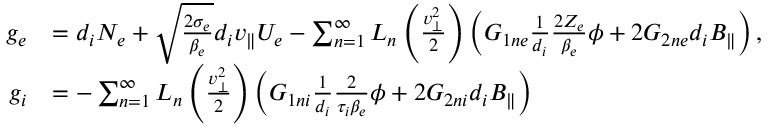
\begin{array} { r l } { g _ { e } } & { = d _ { i } N _ { e } + \sqrt { \frac { 2 \sigma _ { e } } { \beta _ { e } } } d _ { i } v _ { \parallel } U _ { e } - \sum _ { n = 1 } ^ { \infty } L _ { n } \left( \frac { v _ { \perp } ^ { 2 } } { 2 } \right) \left( G _ { 1 n e } \frac { 1 } { d _ { i } } \frac { 2 Z _ { e } } { \beta _ { e } } \phi + 2 G _ { 2 n e } d _ { i } B _ { \parallel } \right) , } \\ { g _ { i } } & { = - \sum _ { n = 1 } ^ { \infty } L _ { n } \left( \frac { v _ { \perp } ^ { 2 } } { 2 } \right) \left( G _ { 1 n i } \frac { 1 } { d _ { i } } \frac { 2 } { \tau _ { i } \beta _ { e } } \phi + 2 G _ { 2 n i } d _ { i } B _ { \parallel } \right) } \end{array}